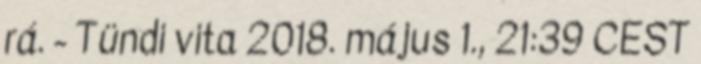
rá. - Tündi vita 2018. május 1., 21:39 CEST